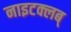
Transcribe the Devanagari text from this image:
नाइटक्लब्